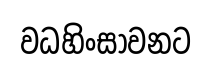
වධහිංසාවනට